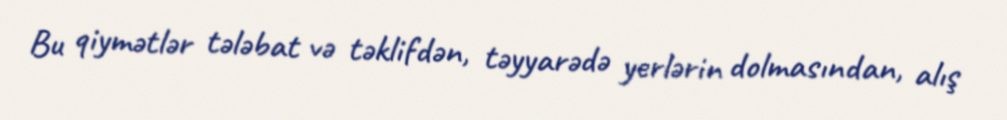
Bu qiymətlər tələbat və təklifdən, təyyarədə yerlərin dolmasından, alış